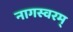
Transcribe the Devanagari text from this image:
नागस्वरम्